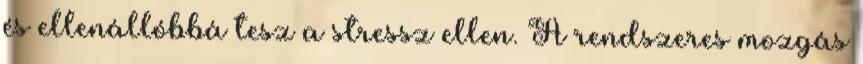
és ellenállóbbá tesz a stressz ellen. A rendszeres mozgás